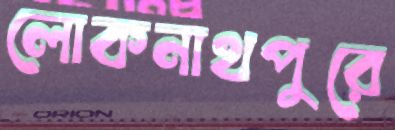
লোকনাথপুরে